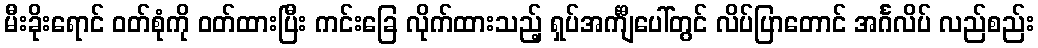
မီးခိုးရောင် ဝတ်စုံကို ဝတ်ထားပြီး ကင်းခြေ လိုက်ထားသည့် ရှပ်အင်္ကျီပေါ်တွင် လိပ်ပြာတောင် အင်္ဂလိပ် လည်စည်း